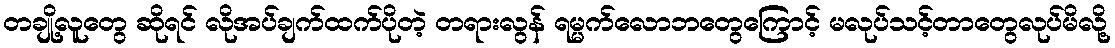
တချို့လူတွေ ဆိုရင် လိုအပ်ချက်ထက်ပိုတဲ့ တရားလွန် ရမ္မက်လောဘတွေကြောင့် မလုပ်သင့်တာတွေလုပ်မိလို့